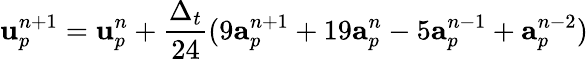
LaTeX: \mathbf{u}_{p}^{n+1}=\mathbf{u}_{p}^{n}+\frac{\Delta_{t}}{24}(9\mathbf{a}_{p}^{n+1}+19\mathbf{a}_{p}^{n}-5\mathbf{a}_{p}^{n-1}+\mathbf{a}_{p}^{n-2})